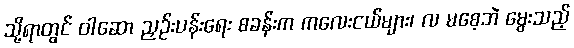
သို့ရာတွင် ဝါဆော ညှဉ်းပန်းရေး စခန်းက ကလေးငယ်များ၊ လ မစေ့ဘဲ မွေးသည့်